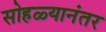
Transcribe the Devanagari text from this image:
सोहळ्यानंतर